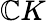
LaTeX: \mathbb{C}K